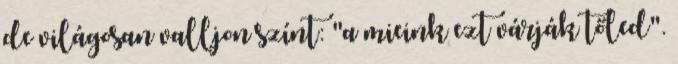
de világosan valljon színt: "a mieink ezt várják tőled".